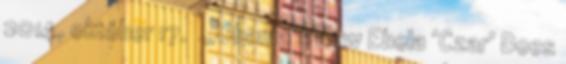
2014. október 17. ↑ „Obama’s New Ebola ‘Czar’ Does